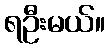
ရဦးမယ်။